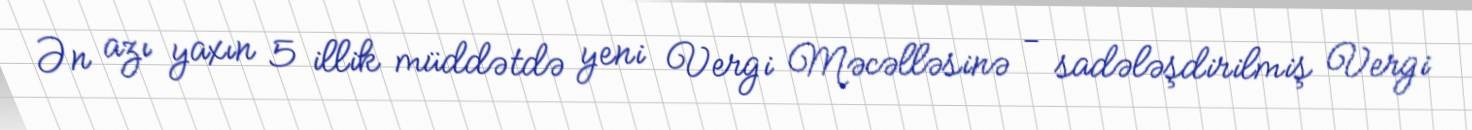
Ən azı yaxın 5 illik müddətdə yeni Vergi Məcəlləsinə - sadələşdirilmiş Vergi